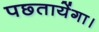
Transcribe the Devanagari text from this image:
पछ्तायेंगा।